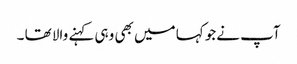
آپ نےجو کہا میں بھی وہی کہنے والا تھا ۔